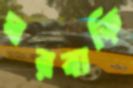
ঘরবাড়ি